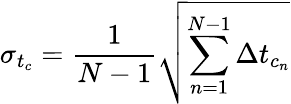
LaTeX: \sigma_{t_{c}}=\frac{1}{N-1}\sqrt{\sum_{n=1}^{N-1}\Delta t_{c_{n}}}